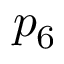
p _ { 6 }